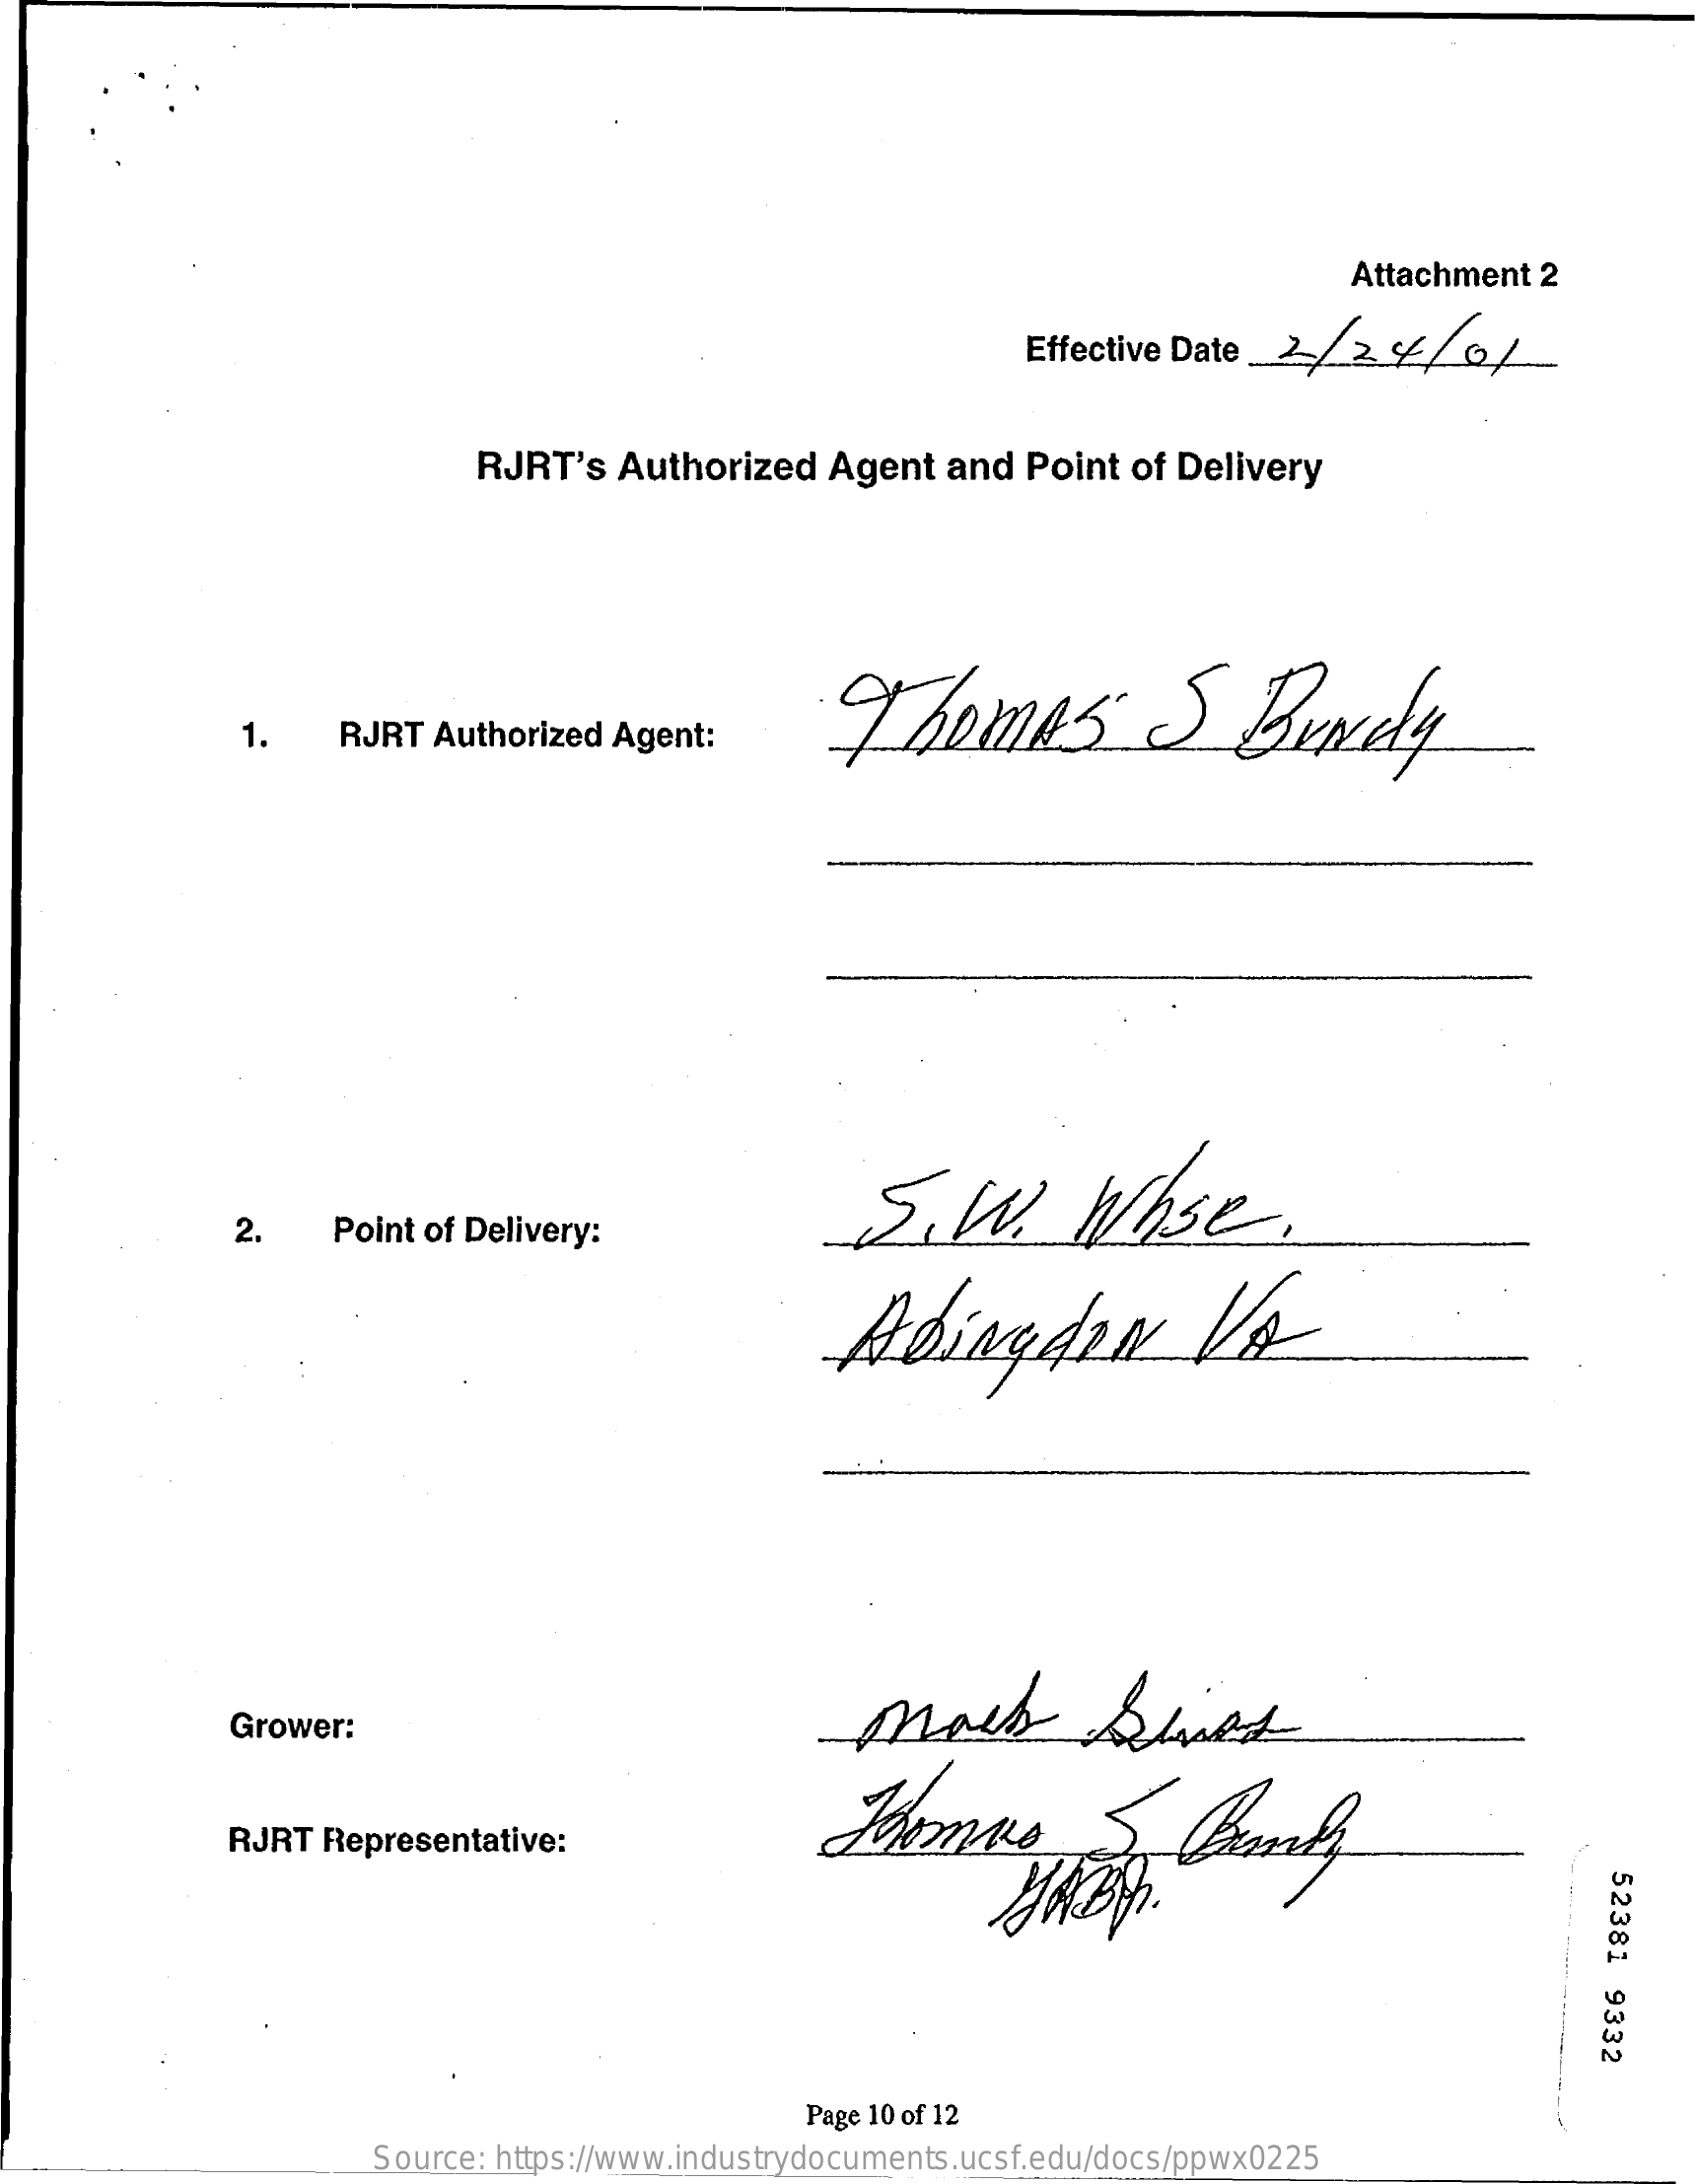
Attachment 2
     Effective Date
     RJRT's  Authorized    Agent  and  Point  of Delivery
     Thomas    S    Bundy 1. RJRT Authorized Agent:
     S.W.    hose    .
     2.    Point of Delivery:
     Abingdon    Vo
     Grower:
     Domus    S    banky RJRT Representative:
     52381
     9332
     Page 10 of 12
     Source: https://www.industrydocuments.ucsf.edu/docs/ppwx0225